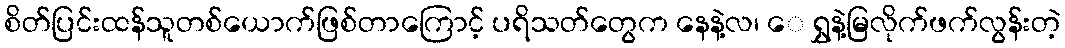
စိတ်ပြင်းထန်သူတစ်ယောက်ဖြစ်တာကြောင့် ပရိသတ်တွေက နေနဲ့လ၊ ေ ရွှနဲ့မြလိုက်ဖက်လွန်းတဲ့